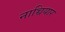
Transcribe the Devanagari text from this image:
नाच्चियार